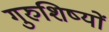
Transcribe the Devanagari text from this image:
गुरुशिष्यों